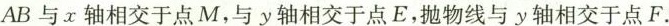
AB与x轴相交于点M，与y轴相交于点E，抛物线与y轴相交于点F.